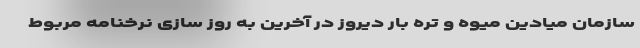
سازمان میادین میوه و تره بار دیروز در آخرین به روز سازی نرخنامه مربوط